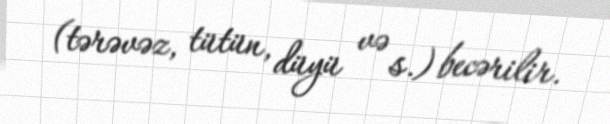
(tərəvəz, tütün, düyü və s.) becərilir.